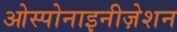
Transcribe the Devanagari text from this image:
ओस्पोनाइनीज़ेशन